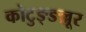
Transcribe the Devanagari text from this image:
कोटुङ्ङल्लूर